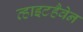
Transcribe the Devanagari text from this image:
व्हाइटहैवेन